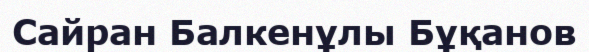
Сайран Балкенұлы Бұқанов